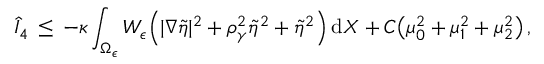
\hat { I } _ { 4 } \, \le \, - \kappa \int _ { \Omega _ { \epsilon } } W _ { \epsilon } \Bigl ( | \nabla \tilde { \eta } | ^ { 2 } + \rho _ { \gamma } ^ { 2 } \tilde { \eta } ^ { 2 } + \tilde { \eta } ^ { 2 } \Bigr ) \, \mathrm { d } X + C \bigl ( \mu _ { 0 } ^ { 2 } + \mu _ { 1 } ^ { 2 } + \mu _ { 2 } ^ { 2 } \bigr ) \, ,